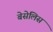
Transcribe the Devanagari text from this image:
बेसेलिस